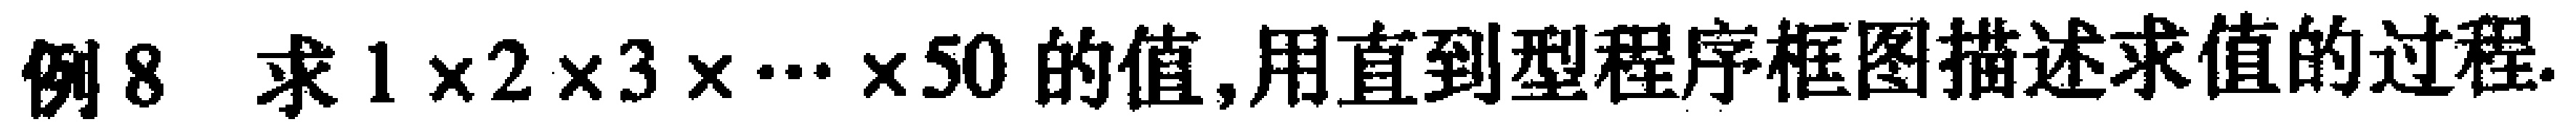
例8. 求 \(1\times2\times3\times\cdots\times50\) 的值,用直到型程序框图描述求值的过程.